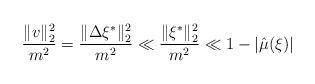
LaTeX: \begin{align*}\frac{\|v\|_2^2}{m^2} = \frac{\|\Delta \xi^*\|_2^2}{m^2} \ll \frac{\|\xi^*\|_2^2}{m^2} \ll 1 - |\hat{\mu}(\xi)|\end{align*}